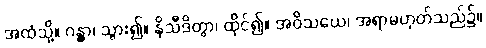
အထံသို့။ ဂန္တွာ၊ သွား၍။ နိသီဒိတွာ၊ ထိုင်၍။ အဝိသယေ၊ အရာမဟုတ်သည်၌။